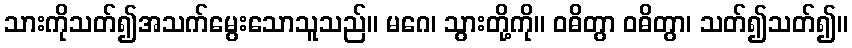
သားကိုသတ်၍အသက်မွေးသောသူသည်။ မဂေ၊ သွားတို့ကို။ ဝဓိတွာ ဝဓိတွာ၊ သတ်၍သတ်၍။